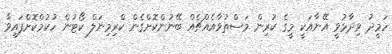
ހަމީދު ވިދާޅުވީ އޭނާއަކީ މީގެ ކުރިން މަސްތުވާއެއްޗެއް ބޭނުންކޮށްގެން ކްރިމިނަލް ކޯޓުން ހުކުމްކޮށްފައިވާ